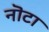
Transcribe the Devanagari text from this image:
नॊटा